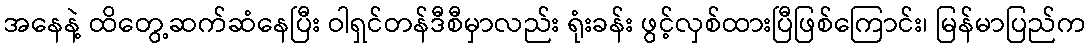
အနေနဲ့ ထိတွေ့ဆက်ဆံနေပြီး ဝါရှင်တန်ဒီစီမှာလည်း ရုံးခန်း ဖွင့်လှစ်ထားပြီဖြစ်ကြောင်း၊ မြန်မာပြည်က